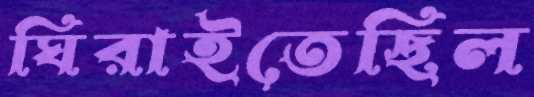
ঘিরাইতেছিল